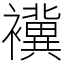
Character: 䙫